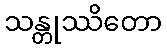
သန္တုဿိတော